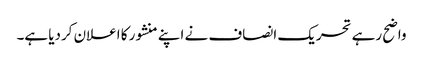
واضح رہے تحریک انصاف نے اپنے منشور کا اعلان کردیا ہے۔